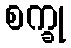
စက္ခု